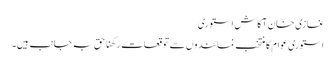
غازی خان آکاش استوری
استوری عوام کا منتخب نمائندوں سے توقعات رکھنا حق بہ جانب ہیں۔